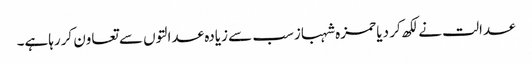
عدالت نے لکھ کر دیا حمزہ شہبازسب سے زیادہ عدالتوں سے تعاون کررہاہے۔